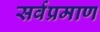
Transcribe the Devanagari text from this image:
सर्वप्रमाण